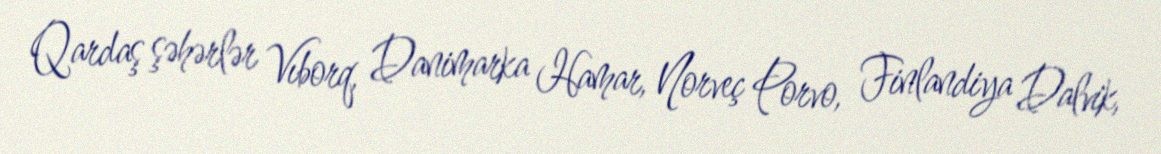
Qardaş şəhərlər Vıborq, Danimarka Hamar, Norveç Porvo, Finlandiya Dalvik,